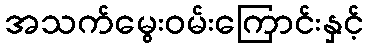
အသက်မွေးဝမ်းကြောင်းနှင့်